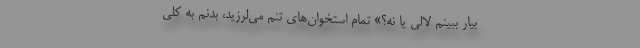
بیار ببینم لالی یا نه؟» تمام استخوان‌های تنم می‌لرزید، بدنم به کلی